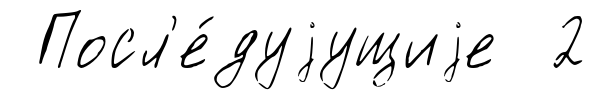
Посл'е́дуjущиjе 2